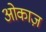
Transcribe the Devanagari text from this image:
ओकाज़